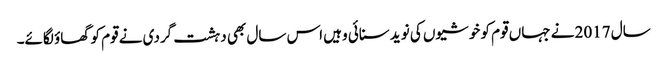
سال 2017 نے جہاں قوم کو خوشیوں کی نوید سنائی وہیں اس سال بھی دہشت گردی نے قوم کو گھاؤ لگائے۔